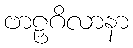
ဗာဠှဂိလာနာ